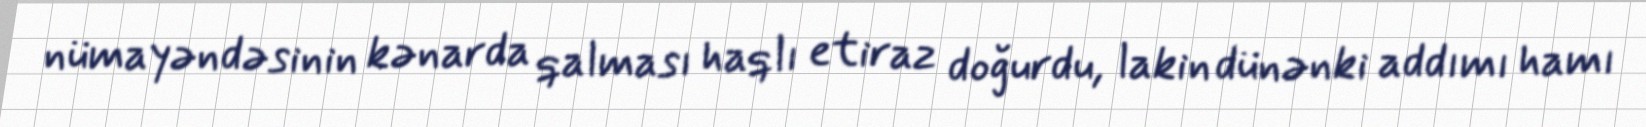
nümayəndəsinin kənarda qalması haqlı etiraz doğurdu, lakin dünənki addımı hamı